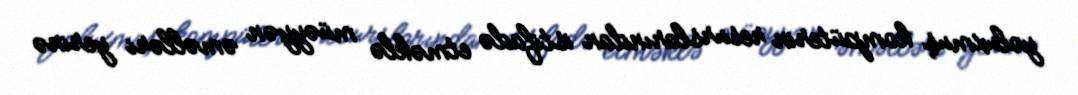
yoluxmuş kompüterin resurslarından istifadə etməklə müəyyən əməlləri yerinə